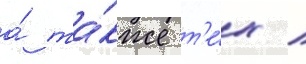
а́ та́кже т'е́х /